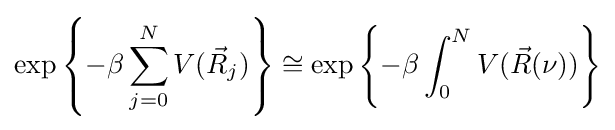
\exp \left\{-\beta \sum _{j=0}^{N}V({\vec {R}}_{j})\right\}\cong \exp \left\{-\beta \int _{0}^{N}V({\vec {R}}(\nu ))\right\}